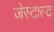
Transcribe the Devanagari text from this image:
जेस्टाल्ट